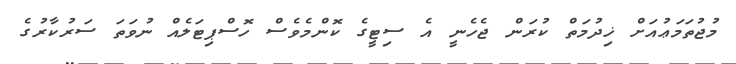
މުޖުތަމަޢުއަށް ޚިދުމަތް ކުރަން ޖެހެނީ އެ ސިޓީގެ ކޮންމެވެސް ހޮސްޕިޓަލެއް ނުވަތަ ސަރުކާރުގެ